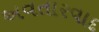
અવતારવાદ